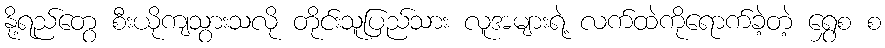
နို့ရည်တွေ စီးယိုကျသွားသလို တိုင်းသူပြည်သား လူအများရဲ့ လက်ထဲကိုရောက်ခဲ့တဲ့ ရွှေစ စ